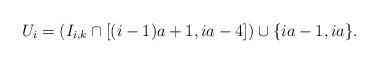
LaTeX: \begin{align*}U_i & = (I_{i,k} \cap [(i-1)a+1, ia - 4]) \cup \{ ia - 1, i a \}.\end{align*}